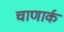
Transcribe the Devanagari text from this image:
चाणार्क